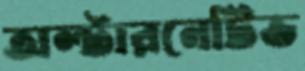
অল্টারনেটিভ